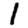
Digit: 1